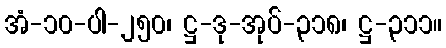
အံ-၁၀-ပါ-၂၅၀၊ ဋ္ဌ-ဒု-အုပ်-၃၁၈၊ ဋ္ဌ-၃၁၁။